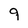
Character: 9